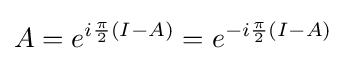
A=e^{i{\frac {\pi }{2}}(I-A)}=e^{-i{\frac {\pi }{2}}(I-A)}